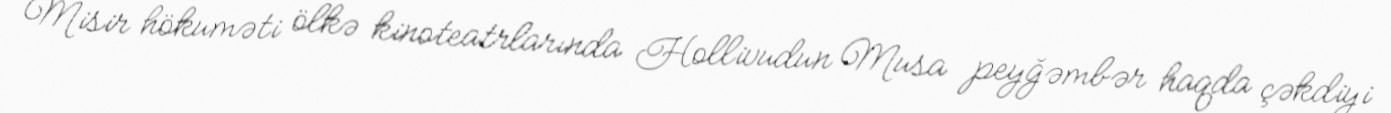
Misir hökuməti ölkə kinoteatrlarında Hollivudun Musa peyğəmbər haqda çəkdiyi